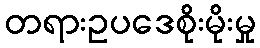
တရားဥပဒေစိုးမိုးမှု